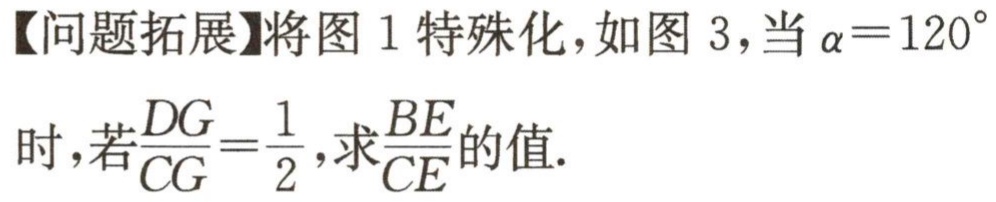
【问题拓展】将图 1 特殊化，如图 3，当\(\alpha = 120^{\circ}\)时，若\(\frac{DG}{CG}=\frac{1}{2}\)，求\(\frac{BE}{CE}\)的值.